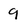
Character: 9